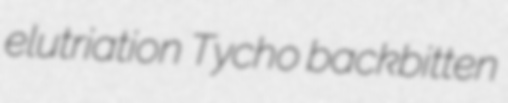
elutriation Tycho backbitten